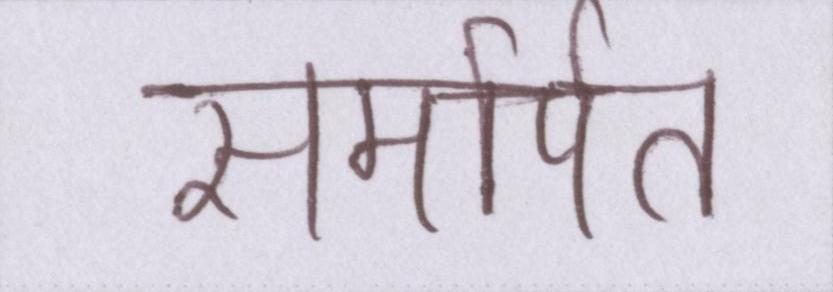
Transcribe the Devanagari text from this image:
समर्पित